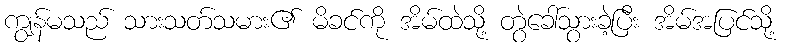
ကျွန်မသည် သားသတ်သမား၏ မိခင်ကို အိမ်ထဲသို့ တွဲခေါ်သွားခဲ့ပြီး အိမ်အပြင်သို့